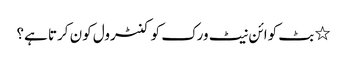
٭ بٹ کوائن نیٹ ورک کو کنٹرول کون کرتا ہے؟